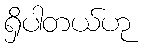
ရှိပါတယ်ဟု